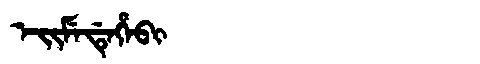
Manchu: ᡝᡳᠮᡝᡩᡝᡥᡝᠪᡳ
Romanization: EIMEDEHEBI